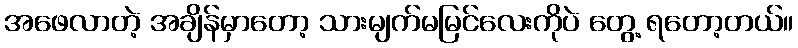
အဖေလာတဲ့ အချိန်မှာတော့ သားမျက်မမြင်လေးကိုပဲ တွေ့ ရတော့တယ်။